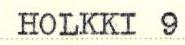
HOLKKI 9